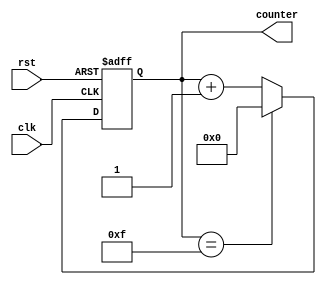
`timescale 1ns / 1ps
//////////////////////////////////////////////////////////////////////////////////
// Company: 
// Engineer: 
// 
// Design Name: 
// Module Name: counter
// Project Name: 
// Target Devices: 
// Tool Versions: 
// Description: 
// 
// Dependencies: 
// 
// Revision:
// Revision 0.01 - File Created
// Additional Comments:
// 
//////////////////////////////////////////////////////////////////////////////////


module counter(clk,rst,counter);
input clk,rst;
output reg [3:0] counter;

parameter set_number = 4'd15;

always @ (posedge clk or posedge rst)
begin
if (rst)
begin
    counter <= 4'd0;
end
else
begin 
    if (counter == set_number)
    begin
        counter <= 4'd0;
    end
    else
    begin
        counter <= counter +1;
    end
    
end
end
endmodule